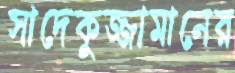
সাদেকুজ্জামানের